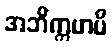
အဘိက္ကမာမိ